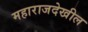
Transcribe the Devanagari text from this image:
महाराजदेखील